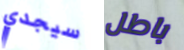
سيجدي باطل